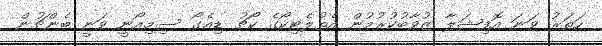
ހަތަރު ވަނަ އޮފިޝަލާ ޒުވާބުކުރުމުން އެތުލެޓިކޯގެ ކޯޗު ޑިއެގޯ ސިމިއޯނީ ވަނީ ބެންޗުން